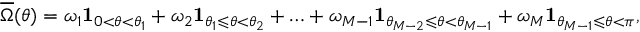
\overline { { \Omega } } ( \theta ) = \omega _ { 1 } \mathbf { 1 } _ { 0 < \theta < \theta _ { 1 } } + \omega _ { 2 } \mathbf { 1 } _ { \theta _ { 1 } \leqslant \theta < \theta _ { 2 } } + \ldots + \omega _ { M - 1 } \mathbf { 1 } _ { \theta _ { M - 2 } \leqslant \theta < \theta _ { M - 1 } } + \omega _ { M } \mathbf { 1 } _ { \theta _ { M - 1 } \leqslant \theta < \pi } ,